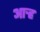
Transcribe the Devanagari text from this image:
आर्‍ह